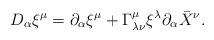
LaTeX: \begin{align*}D_\alpha \xi^\mu = \partial_\alpha \xi^\mu +\Gamma^\mu _{\lambda\nu}\xi^\lambda \partial_\alpha \bar{X}^\nu .\end{align*}